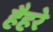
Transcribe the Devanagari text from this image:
हैहरे